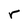
Character: r